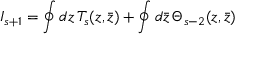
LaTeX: I _ { s + 1 } = \oint d z \, T _ { s } ( z , \bar { z } ) + \oint d \bar { z } \, \Theta _ { s - 2 } ( z , \bar { z } )